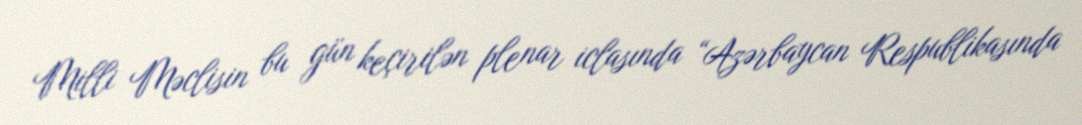
Milli Məclisin bu gün keçirilən plenar iclasında “Azərbaycan Respublikasında